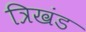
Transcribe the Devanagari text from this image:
त्रिखंड